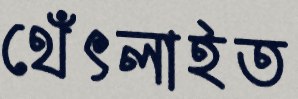
থেঁৎলাইত